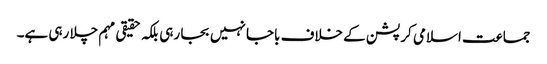
جماعت اسلامی کرپشن کے خلاف باجا نہیں بجا رہی بلکہ حقیقی مہم چلا رہی ہے۔